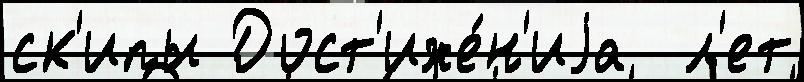
ск'ипы Дост'иже́н'иjа  л'ет